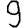
Digit: 9